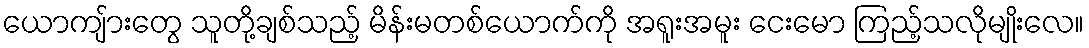
ယောကျ်ားတွေ သူတို့ချစ်သည့် မိန်းမတစ်ယောက်ကို အရူးအမူး ငေးမော ကြည့်သလိုမျိုးလေ။